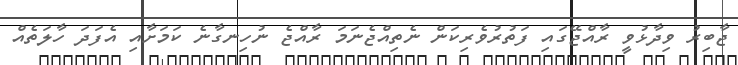
ޖާބިރު ވިދާޅުވީ ރާއްޖޭގައި ފަތުރުވެރިކަން ނެތިއްޖެނަމަ ރާއްޖެ ނުހިނގާނެ ކަމަށާއި އެފަދަ ހާލަތެއް